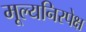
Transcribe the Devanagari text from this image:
मूल्यनिरपेक्ष